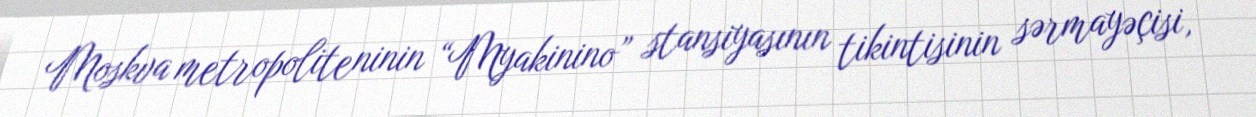
Moskva metropoliteninin “Myakinino” stansiyasının tikintisinin sərmayəçisi,